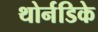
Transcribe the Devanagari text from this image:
थोर्नडिके